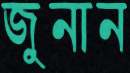
জুনান